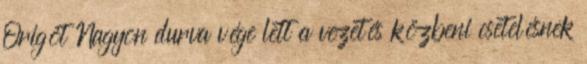
Origót Nagyon durva vége lett a vezetés közbeni csetelésnek